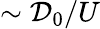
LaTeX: \sim\mathcal{D}_{0}/U